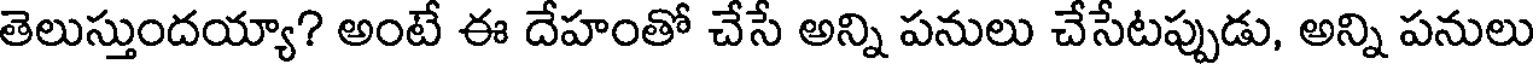
తెలుస్తుందయ్యా? అంటే ఈ దేహంతో చేసే అన్ని పనులు చేసేటప్పుడు, అన్ని పనులు